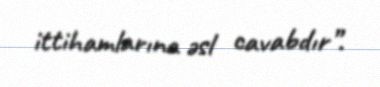
ittihamlarına əsl cavabdır”.